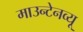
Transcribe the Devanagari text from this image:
माउन्टेनव्यू